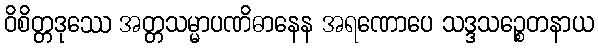
ဝိစိတ္တဒုဿေ အတ္တသမ္မာပဏိဓာနေန အရဏောပေ သဒ္ဒသဉ္စေတနာယ